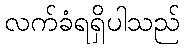
လက်ခံရရှိပါသည်